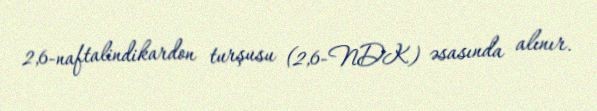
2,6-naftalindikardon turşusu (2,6-NDK) əsasında alınır.